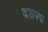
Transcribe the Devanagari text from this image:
दशपद्म